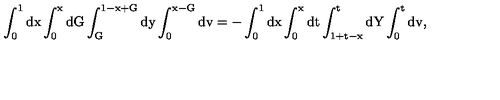
\mathrm { \int _ { 0 } ^ { 1 } d x \int _ { 0 } ^ { x } d G \int _ { G } ^ { 1 - x + G } d y \int _ { 0 } ^ { x - G } d v = - \int _ { 0 } ^ { 1 } d x \int _ { 0 } ^ { x } d t \int _ { 1 + t - x } ^ { t } d Y \int _ { 0 } ^ { t } d v , }